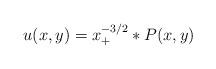
LaTeX: \begin{align*}u(x,y)=x_+^{-3/2}*P(x,y)\end{align*}